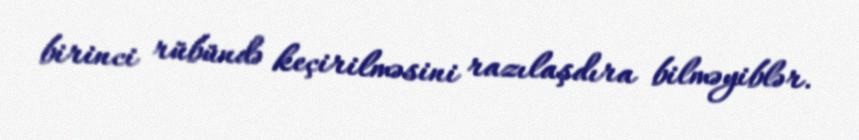
birinci rübündə keçirilməsini razılaşdıra bilməyiblər.